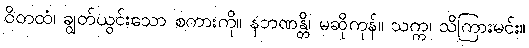
ဝိတထံ၊ ချွတ်ယွင်းသော စကားကို။ နဘဏန္တိ၊ မဆိုကုန်။ သက္က၊ သိကြားမင်း။